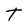
Character: t